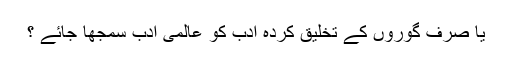
یا صرف گوروں کے تخلیق کردہ ادب کو عالمی ادب سمجھا جائے ؟